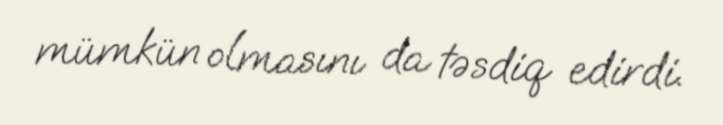
mümkün olmasını da təsdiq edirdi.